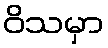
ဝိသမှာ